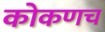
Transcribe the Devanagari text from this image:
कोकणच